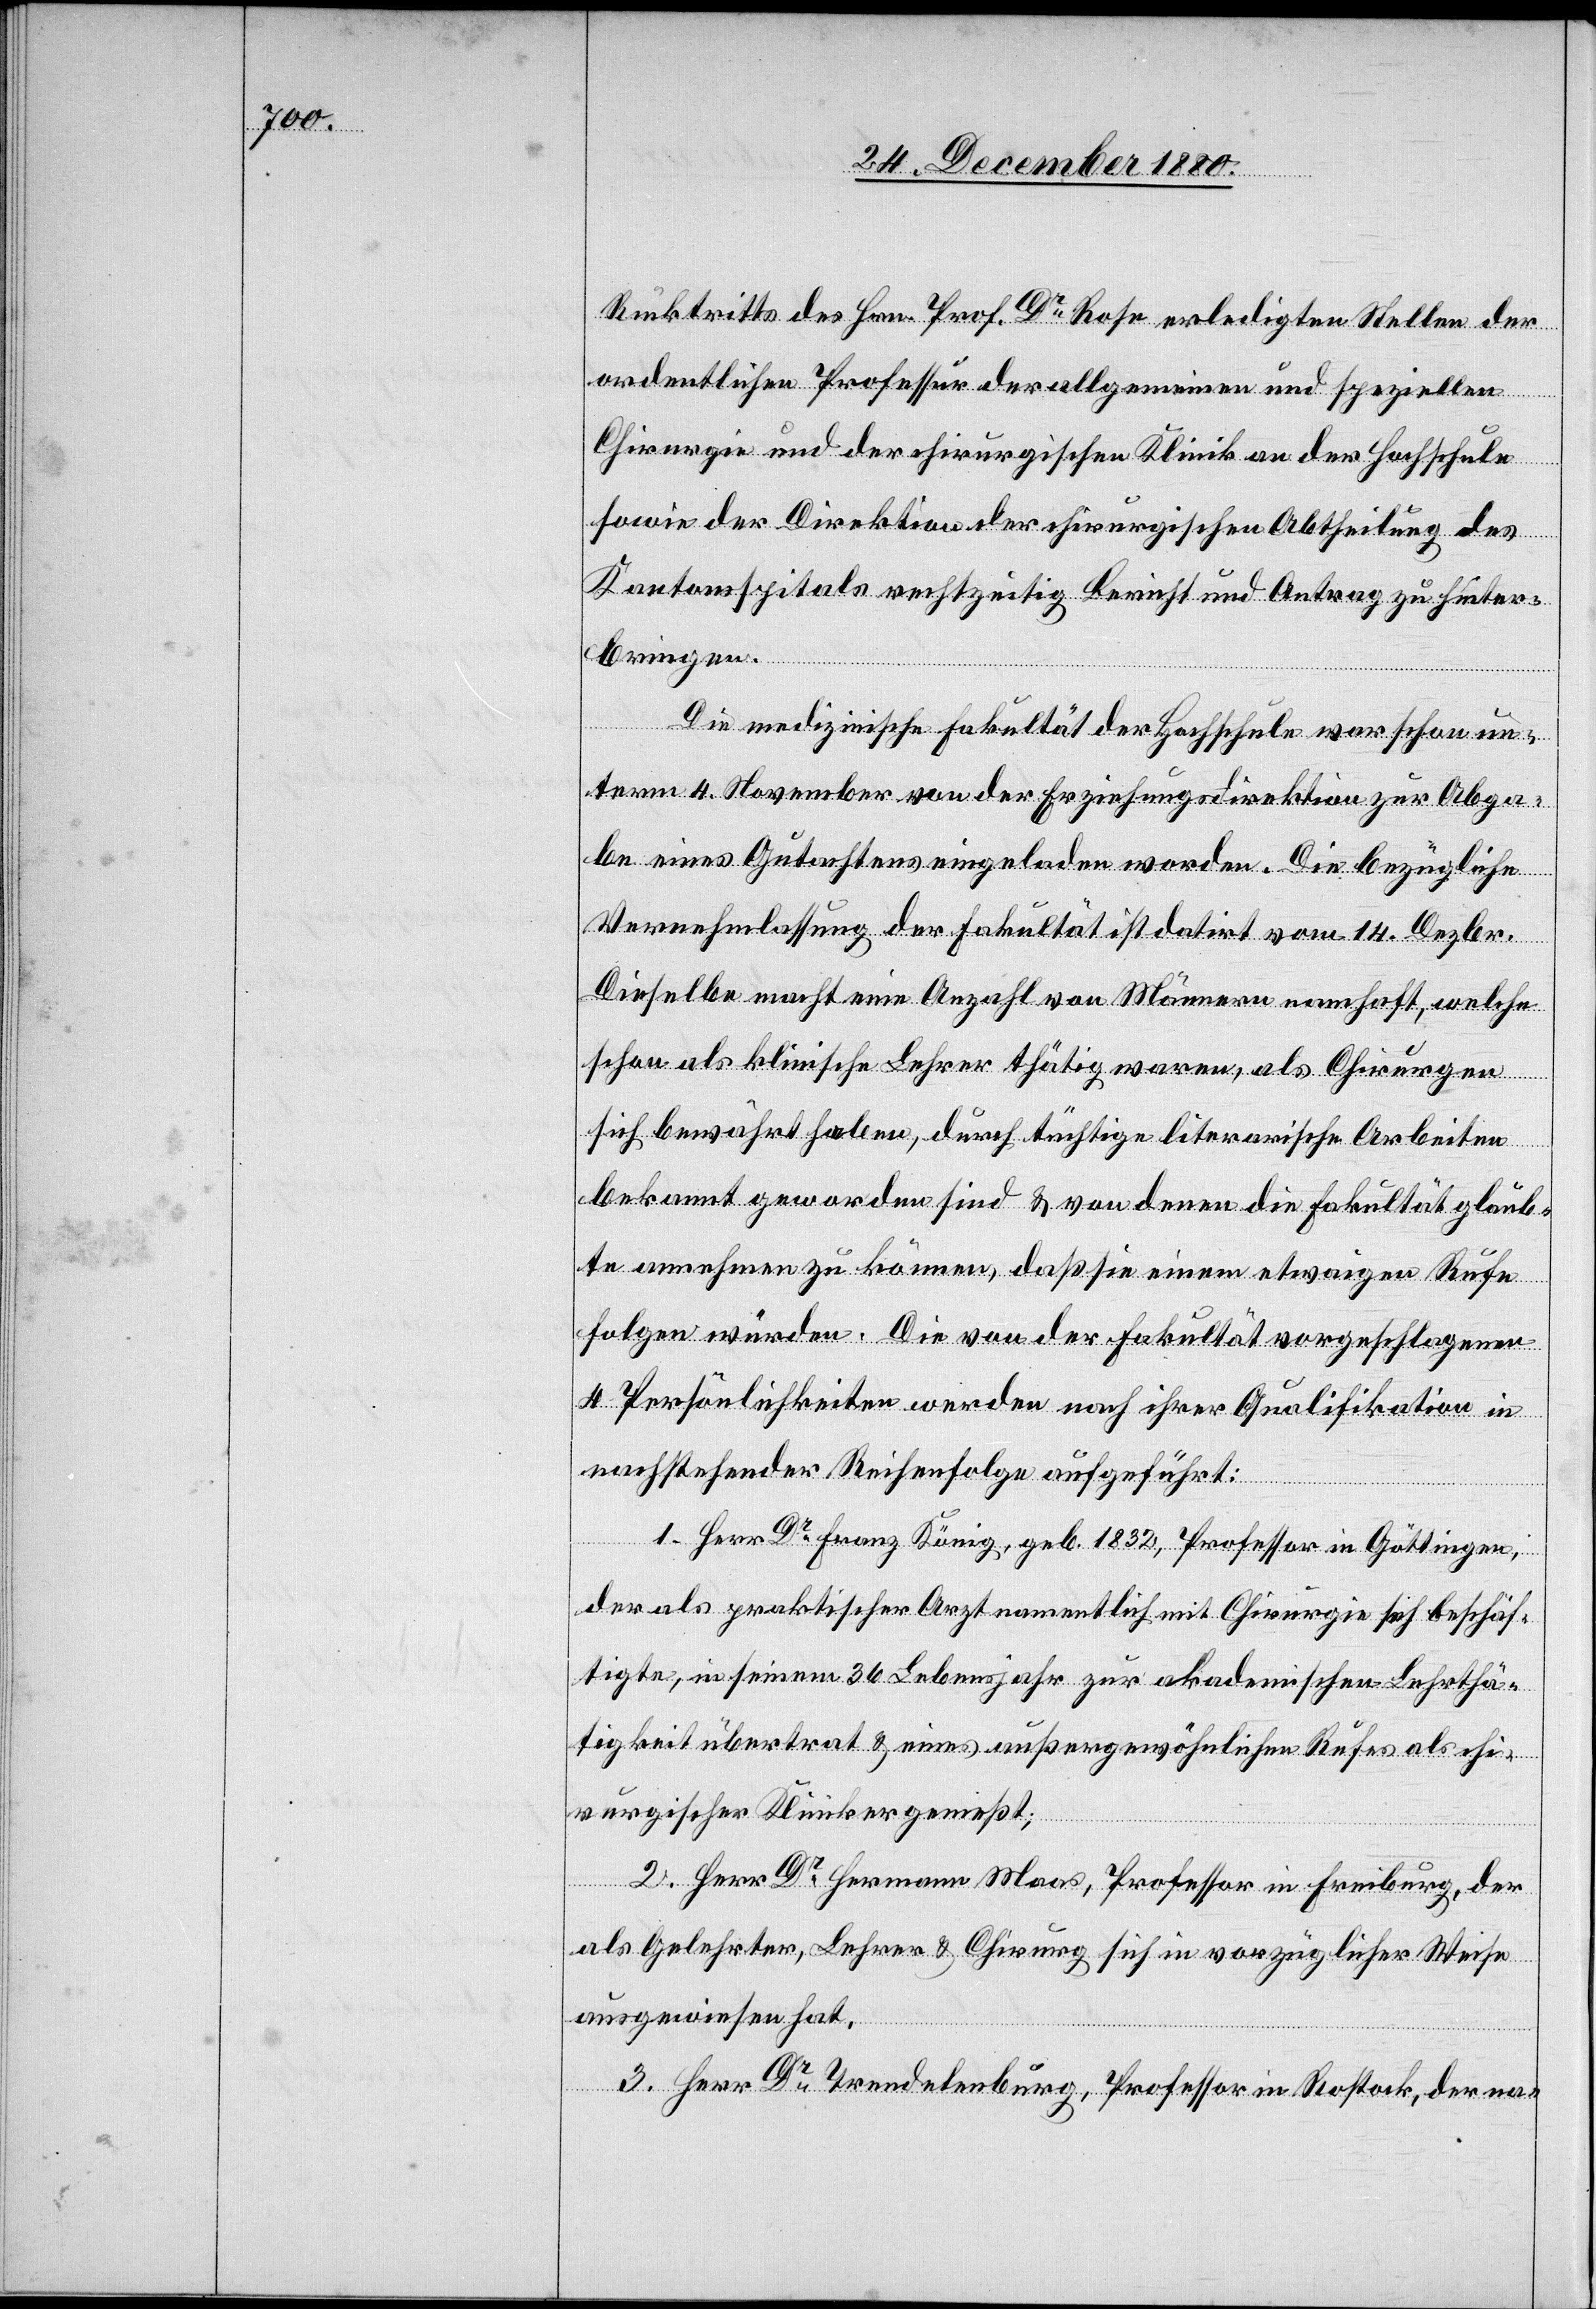
Rücktritts des Hrn. Prof. Dr Rose erledigten Stellen der
ordentlichen Professur der allgemeinen und speziellen
hinter¬
Chirurgie und der chirurgischen Abtheilung des Kantonsspitals
bringen.
zu
Die medizinische Fakultät der Hochschule war schon un¬
term 4. November von der Erziehungsdirektion zur Abga¬
be eines Gutachtens eingeladen worden. Die bezügliche
Vernehmlassung der Fakultät ist datirt vom 14. Dezbr.
Dieselbe macht eine Anzahl von Männern namhaft, welche
schon als klinische Lehrer thätig waren, als Chirurgen
sich bewährt haben, durch tüchtige literarische Arbeiten
bekannt geworden sind & von denen die Fakultät glaub¬
te annehmen zu können, daß sie einem etwaigen Rufe
folgen würden. Die von der Fakultät vorgeschlagenen
4 Persönlichkeiten werden nach ihrer Qualifikation in
nachstehender Reihenfolge aufgeführt:
1. Herr Dr Franz König, geb. 1832, Professor in Göttingen,
der als praktischer Arzt namentlich mit Chirurgie sich beschäf¬
tigte, in seinem 36 Lebensjahr zur akademischen Lehrthä¬
tigkeit übertrat & eines außergewöhnlichen Rufes als chi¬
rurgischer Kliniker genießt;
2. Herr Dr Hermann Moos, Professor in Freiburg, der
als Gelehrter, Lehrer & Chirurg sich in vorzüglicher Weise
ausgewiesen hat;
3. Herr Dr Trendelenburg, Professor in Rostock, der na-